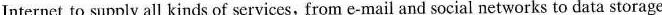
Internet to supply all kinds of services,from e-mail and social networks to data storage